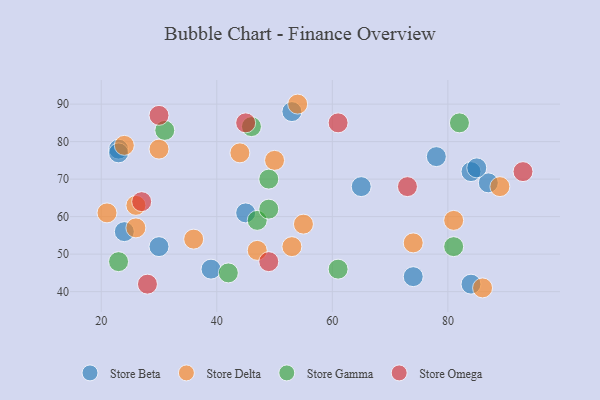
{"axis": {"x": "GDP", "y": "Life Expectancy"}, "legend": ["Store Beta", "Store Delta", "Store Gamma", "Store Omega"], "data": [{"x": "84", "y": 42, "type": "Store Beta"}, {"x": "84", "y": 72, "type": "Store Beta"}, {"x": "23", "y": 78, "type": "Store Beta"}, {"x": "87", "y": 69, "type": "Store Beta"}, {"x": "78", "y": 76, "type": "Store Beta"}, {"x": "65", "y": 68, "type": "Store Beta"}, {"x": "53", "y": 88, "type": "Store Beta"}, {"x": "45", "y": 61, "type": "Store Beta"}, {"x": "74", "y": 44, "type": "Store Beta"}, {"x": "30", "y": 52, "type": "Store Beta"}, {"x": "85", "y": 73, "type": "Store Beta"}, {"x": "39", "y": 46, "type": "Store Beta"}, {"x": "24", "y": 56, "type": "Store Beta"}, {"x": "23", "y": 77, "type": "Store Beta"}, {"x": "24", "y": 79, "type": "Store Delta"}, {"x": "26", "y": 63, "type": "Store Delta"}, {"x": "81", "y": 59, "type": "Store Delta"}, {"x": "26", "y": 57, "type": "Store Delta"}, {"x": "47", "y": 51, "type": "Store Delta"}, {"x": "53", "y": 52, "type": "Store Delta"}, {"x": "36", "y": 54, "type": "Store Delta"}, {"x": "89", "y": 68, "type": "Store Delta"}, {"x": "74", "y": 53, "type": "Store Delta"}, {"x": "21", "y": 61, "type": "Store Delta"}, {"x": "55", "y": 58, "type": "Store Delta"}, {"x": "86", "y": 41, "type": "Store Delta"}, {"x": "54", "y": 90, "type": "Store Delta"}, {"x": "50", "y": 75, "type": "Store Delta"}, {"x": "44", "y": 77, "type": "Store Delta"}, {"x": "30", "y": 78, "type": "Store Delta"}, {"x": "47", "y": 59, "type": "Store Gamma"}, {"x": "42", "y": 45, "type": "Store Gamma"}, {"x": "49", "y": 62, "type": "Store Gamma"}, {"x": "81", "y": 52, "type": "Store Gamma"}, {"x": "31", "y": 83, "type": "Store Gamma"}, {"x": "61", "y": 46, "type": "Store Gamma"}, {"x": "49", "y": 70, "type": "Store Gamma"}, {"x": "23", "y": 48, "type": "Store Gamma"}, {"x": "82", "y": 85, "type": "Store Gamma"}, {"x": "46", "y": 84, "type": "Store Gamma"}, {"x": "28", "y": 42, "type": "Store Omega"}, {"x": "93", "y": 72, "type": "Store Omega"}, {"x": "30", "y": 87, "type": "Store Omega"}, {"x": "73", "y": 68, "type": "Store Omega"}, {"x": "27", "y": 64, "type": "Store Omega"}, {"x": "61", "y": 85, "type": "Store Omega"}, {"x": "45", "y": 85, "type": "Store Omega"}, {"x": "49", "y": 48, "type": "Store Omega"}]}